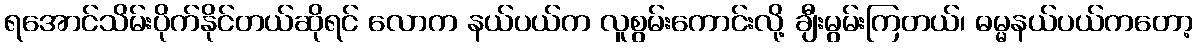
ရအောင်သိမ်းပိုက်နိုင်တယ်ဆိုရင် လောက နယ်ပယ်က လူစွမ်းကောင်းလို့ ချီးမွမ်းကြတယ်၊ ဓမ္မနယ်ပယ်ကတော့